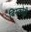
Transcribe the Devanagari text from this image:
बिस्कोट्टी